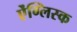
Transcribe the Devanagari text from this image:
ऐंग्लिस्क